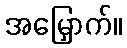
အမြှောက်။